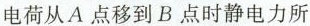
电荷从A点移到B点时静电力所